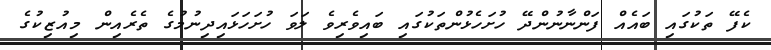
ކެފޭ ތަކުގައި ބައެއް ފަންނާނުންދޭ ހުށަހެޅުންތަކުގައި ބައިވެރިވެ ލަވަ ހުށަހަޅައިދިނުމުގެ ތެރެއިން މިއުޒިކުގެ